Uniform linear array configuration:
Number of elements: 8
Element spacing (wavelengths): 1
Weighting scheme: hamming
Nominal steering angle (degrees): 0
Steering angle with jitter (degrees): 1.611
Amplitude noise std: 0.05
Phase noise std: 0.05

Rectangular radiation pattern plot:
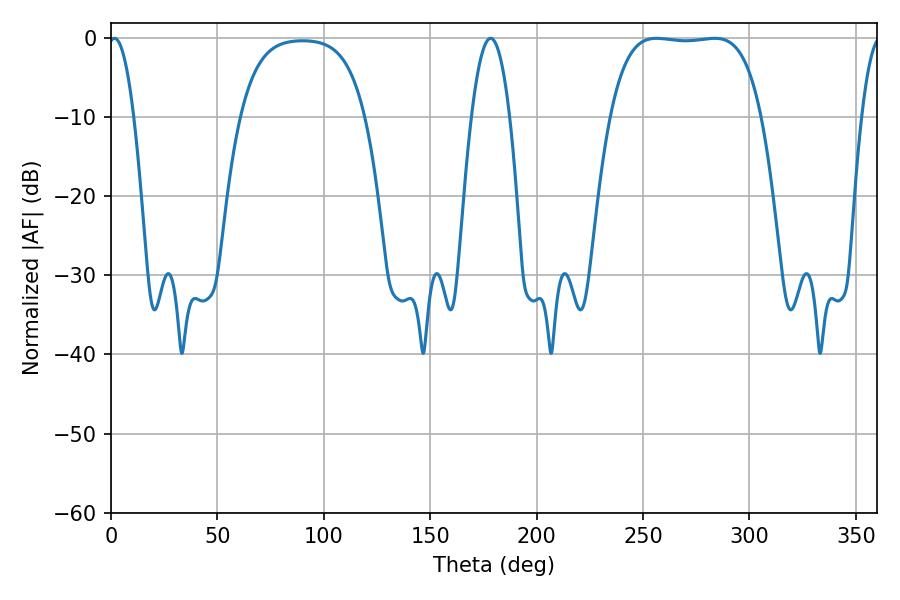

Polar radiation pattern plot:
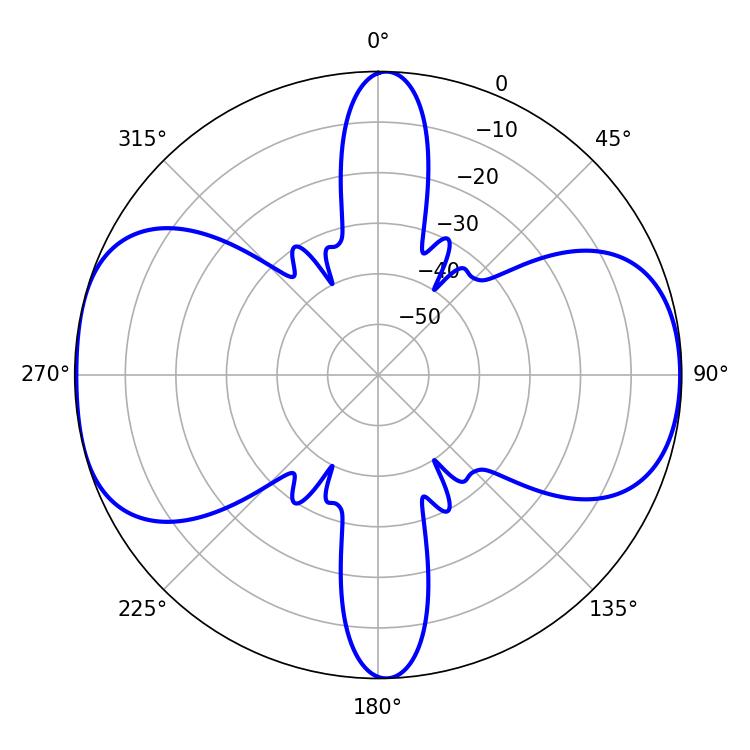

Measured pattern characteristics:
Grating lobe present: TRUE
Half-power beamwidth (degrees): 55.44
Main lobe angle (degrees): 256.32